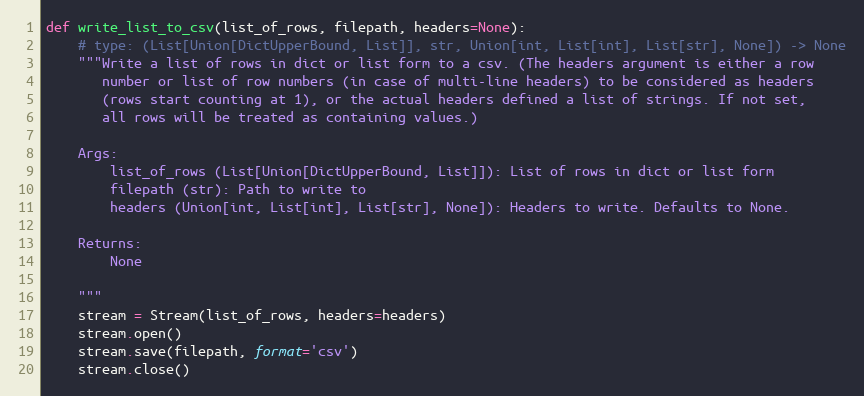
Language: Python
def write_list_to_csv(list_of_rows, filepath, headers=None):
    # type: (List[Union[DictUpperBound, List]], str, Union[int, List[int], List[str], None]) -> None
    """Write a list of rows in dict or list form to a csv. (The headers argument is either a row
       number or list of row numbers (in case of multi-line headers) to be considered as headers
       (rows start counting at 1), or the actual headers defined a list of strings. If not set,
       all rows will be treated as containing values.)

    Args:
        list_of_rows (List[Union[DictUpperBound, List]]): List of rows in dict or list form
        filepath (str): Path to write to
        headers (Union[int, List[int], List[str], None]): Headers to write. Defaults to None.

    Returns:
        None

    """
    stream = Stream(list_of_rows, headers=headers)
    stream.open()
    stream.save(filepath, format='csv')
    stream.close()